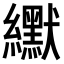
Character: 𫄓